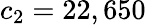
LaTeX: c_{2}=22,650